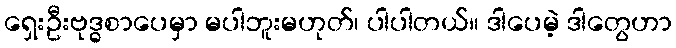
ရှေးဦးဗုဒ္ဓစာပေမှာ မပါဘူးမဟုတ်၊ ပါပါတယ်။ ဒါပေမဲ့ ဒါတွေဟာ